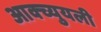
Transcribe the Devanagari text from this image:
आक्च्युयली